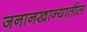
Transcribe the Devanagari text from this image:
जनानखान्यातील